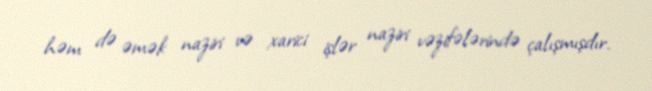
həm də əmək naziri və xarici işlər naziri vəzifələrində çalışmışdır.